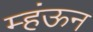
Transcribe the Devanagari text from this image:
म्हंऊन